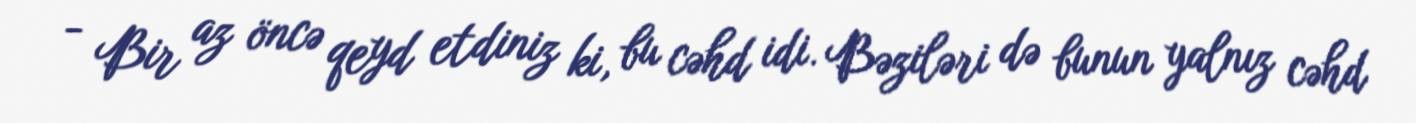
- Bir az öncə qeyd etdiniz ki, bu cəhd idi. Bəziləri də bunun yalnız cəhd